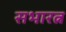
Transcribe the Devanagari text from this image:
सभारत्न